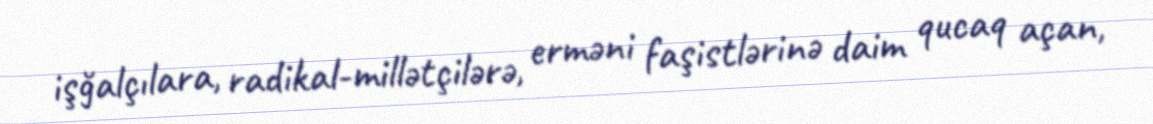
işğalçılara, radikal-millətçilərə, erməni faşistlərinə daim qucaq açan,